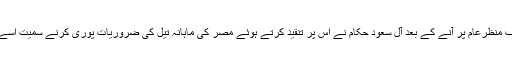
شام اور یمن کے بحرانوں کے بارے میں مصر کا موقف منظرعام پر آنے کے بعد آل سعود حکام نے اس پر تنقید کرتے ہوئے مصر کی ماہانہ تیل کی ضروریات پوری کرنے سمیت اسے دی جانے والی مالی امداد کا ایک حصہ بند کر دیا ہے۔